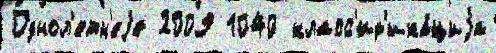
Однол'етн'еjе 2009 1040 класс'иф'ика́циjа